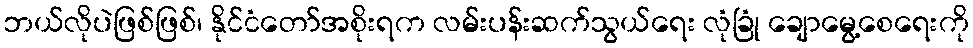
ဘယ်လိုပဲဖြစ်ဖြစ်၊ နိုင်ငံတော်အစိုးရက လမ်းပန်းဆက်သွယ်ရေး လုံခြုံ ချောမွေ့စေရေးကို